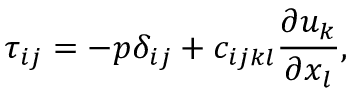
\tau _ { i j } = - p \delta _ { i j } + c _ { i j k l } \frac { \partial u _ { k } } { \partial x _ { l } } ,